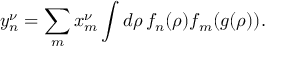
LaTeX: y _ { n } ^ { \nu } = \sum _ { m } x _ { m } ^ { \nu } \int d \rho \, f _ { n } ( \rho ) f _ { m } ( g ( \rho ) ) .